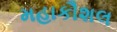
મહાકૌશલ